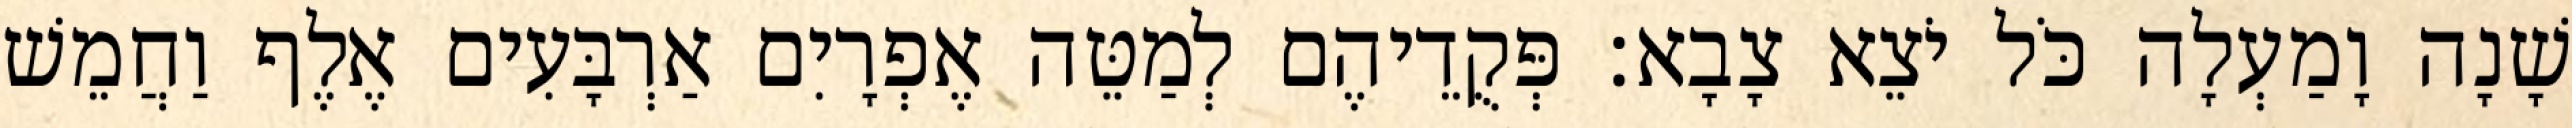
שָׁנָה וָמַעְלָה כֹּל יֹצֵא צָבָא׃ פְּקֻדֵיהֶם לְמַטֵּה אֶפְרָיִם אַרְבָּעִים אֶלֶף וַחֲמֵשׁ